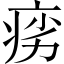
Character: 𬏩